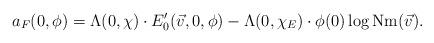
LaTeX: \begin{align*}a_F(0,\phi) = \Lambda(0,\chi) \cdot E'_0(\vec{v} ,0,\phi) - \Lambda(0,\chi_E) \cdot \phi(0) \log \mathrm{Nm}(\vec{v}) .\end{align*}